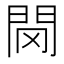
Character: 𨳠